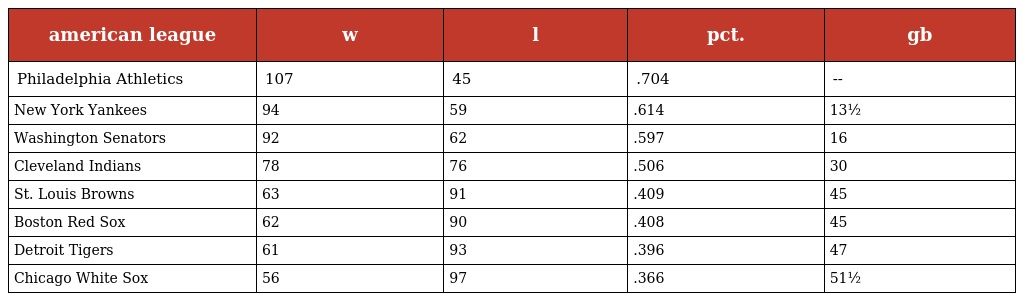
| american league | w | l | pct. | gb |
 | --- | --- | --- | --- | --- |
 | Philadelphia Athletics | 107 | 45 | .704 | -- |
 | New York Yankees | 94 | 59 | .614 | 13½ |
 | Washington Senators | 92 | 62 | .597 | 16 |
 | Cleveland Indians | 78 | 76 | .506 | 30 |
 | St. Louis Browns | 63 | 91 | .409 | 45 |
 | Boston Red Sox | 62 | 90 | .408 | 45 |
 | Detroit Tigers | 61 | 93 | .396 | 47 |
 | Chicago White Sox | 56 | 97 | .366 | 51½ |